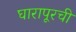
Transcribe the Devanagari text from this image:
घारापूरची